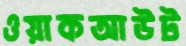
ওয়াকআউট